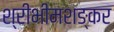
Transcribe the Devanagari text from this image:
श्रीभीमशङ्कर